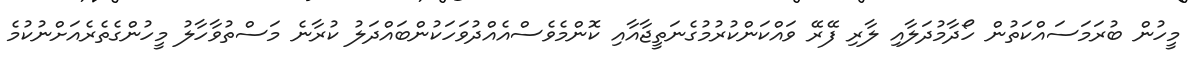
މީހުން ބުރަމަސައްކަތުން ހޯދާމުދަލާއި ލާރި ފޭރޭ ވައްކަންކުރުމުގެނަތީޖާއާއި ކޮންމެވެސްއެއްދުވަހަކުންބައްދަލު ކުރާނެ މަސްތުވާހާލު މީހުންގެތެރެއަށްނުކުމެ